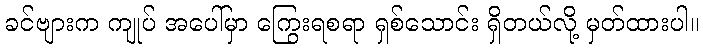
ခင်ဗျားက ကျုပ် အပေါ်မှာ ကြွေးရစရာ ရှစ်သောင်း ရှိတယ်လို့ မှတ်ထားပါ။